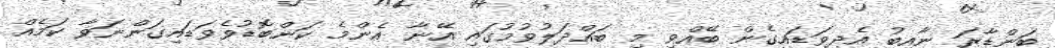
ބަންޑާރަ ނާއިބު އެދިވަޑައިގެން ބޭއްވި މި ބައްދަލުވުމުގައި އޭނާ އެންމެ ކަންބޮޑުވެވަޑައިގަންނަވާ ކަމެއް